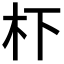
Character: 𭩙